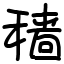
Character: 穑